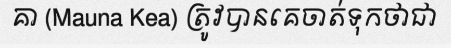
គា (Mauna Kea) ត្រូវបានគេចាត់ទុកថាជា